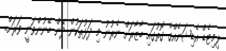
ލިމިޓެޑް އެޑިޝަނެއްގެ ގޮތުގައި ބާޒާރަށް ނެރުނު މި ދަޅުތަކުން ދޭން ބޭނުންވަނީ ވަރަށް..